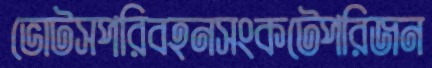
ভোটসপরিবহনসংকটেপরিজন